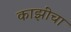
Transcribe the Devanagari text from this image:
काझींचा